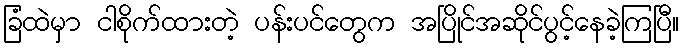
ခြံထဲမှာ ငါစိုက်ထားတဲ့ ပန်းပင်တွေက အပြိုင်အဆိုင်ပွင့်နေခဲ့ကြပြီ။